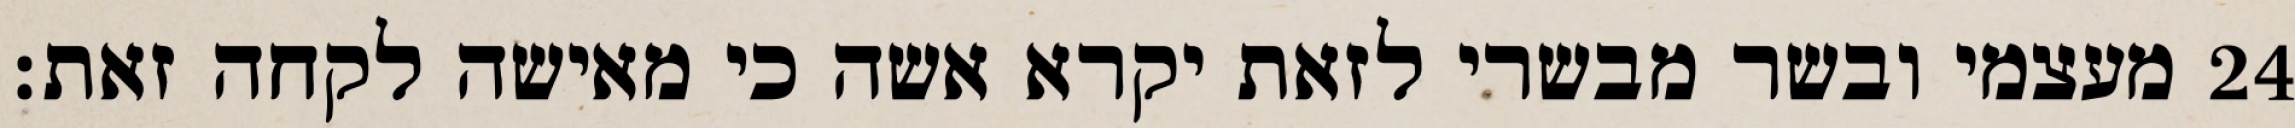
מעצמי ובשר מבשרי לזאת יקרא אשה כי מאישה לקחה זאת׃ ‎24‏